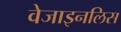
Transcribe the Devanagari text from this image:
वेजाइनलिस